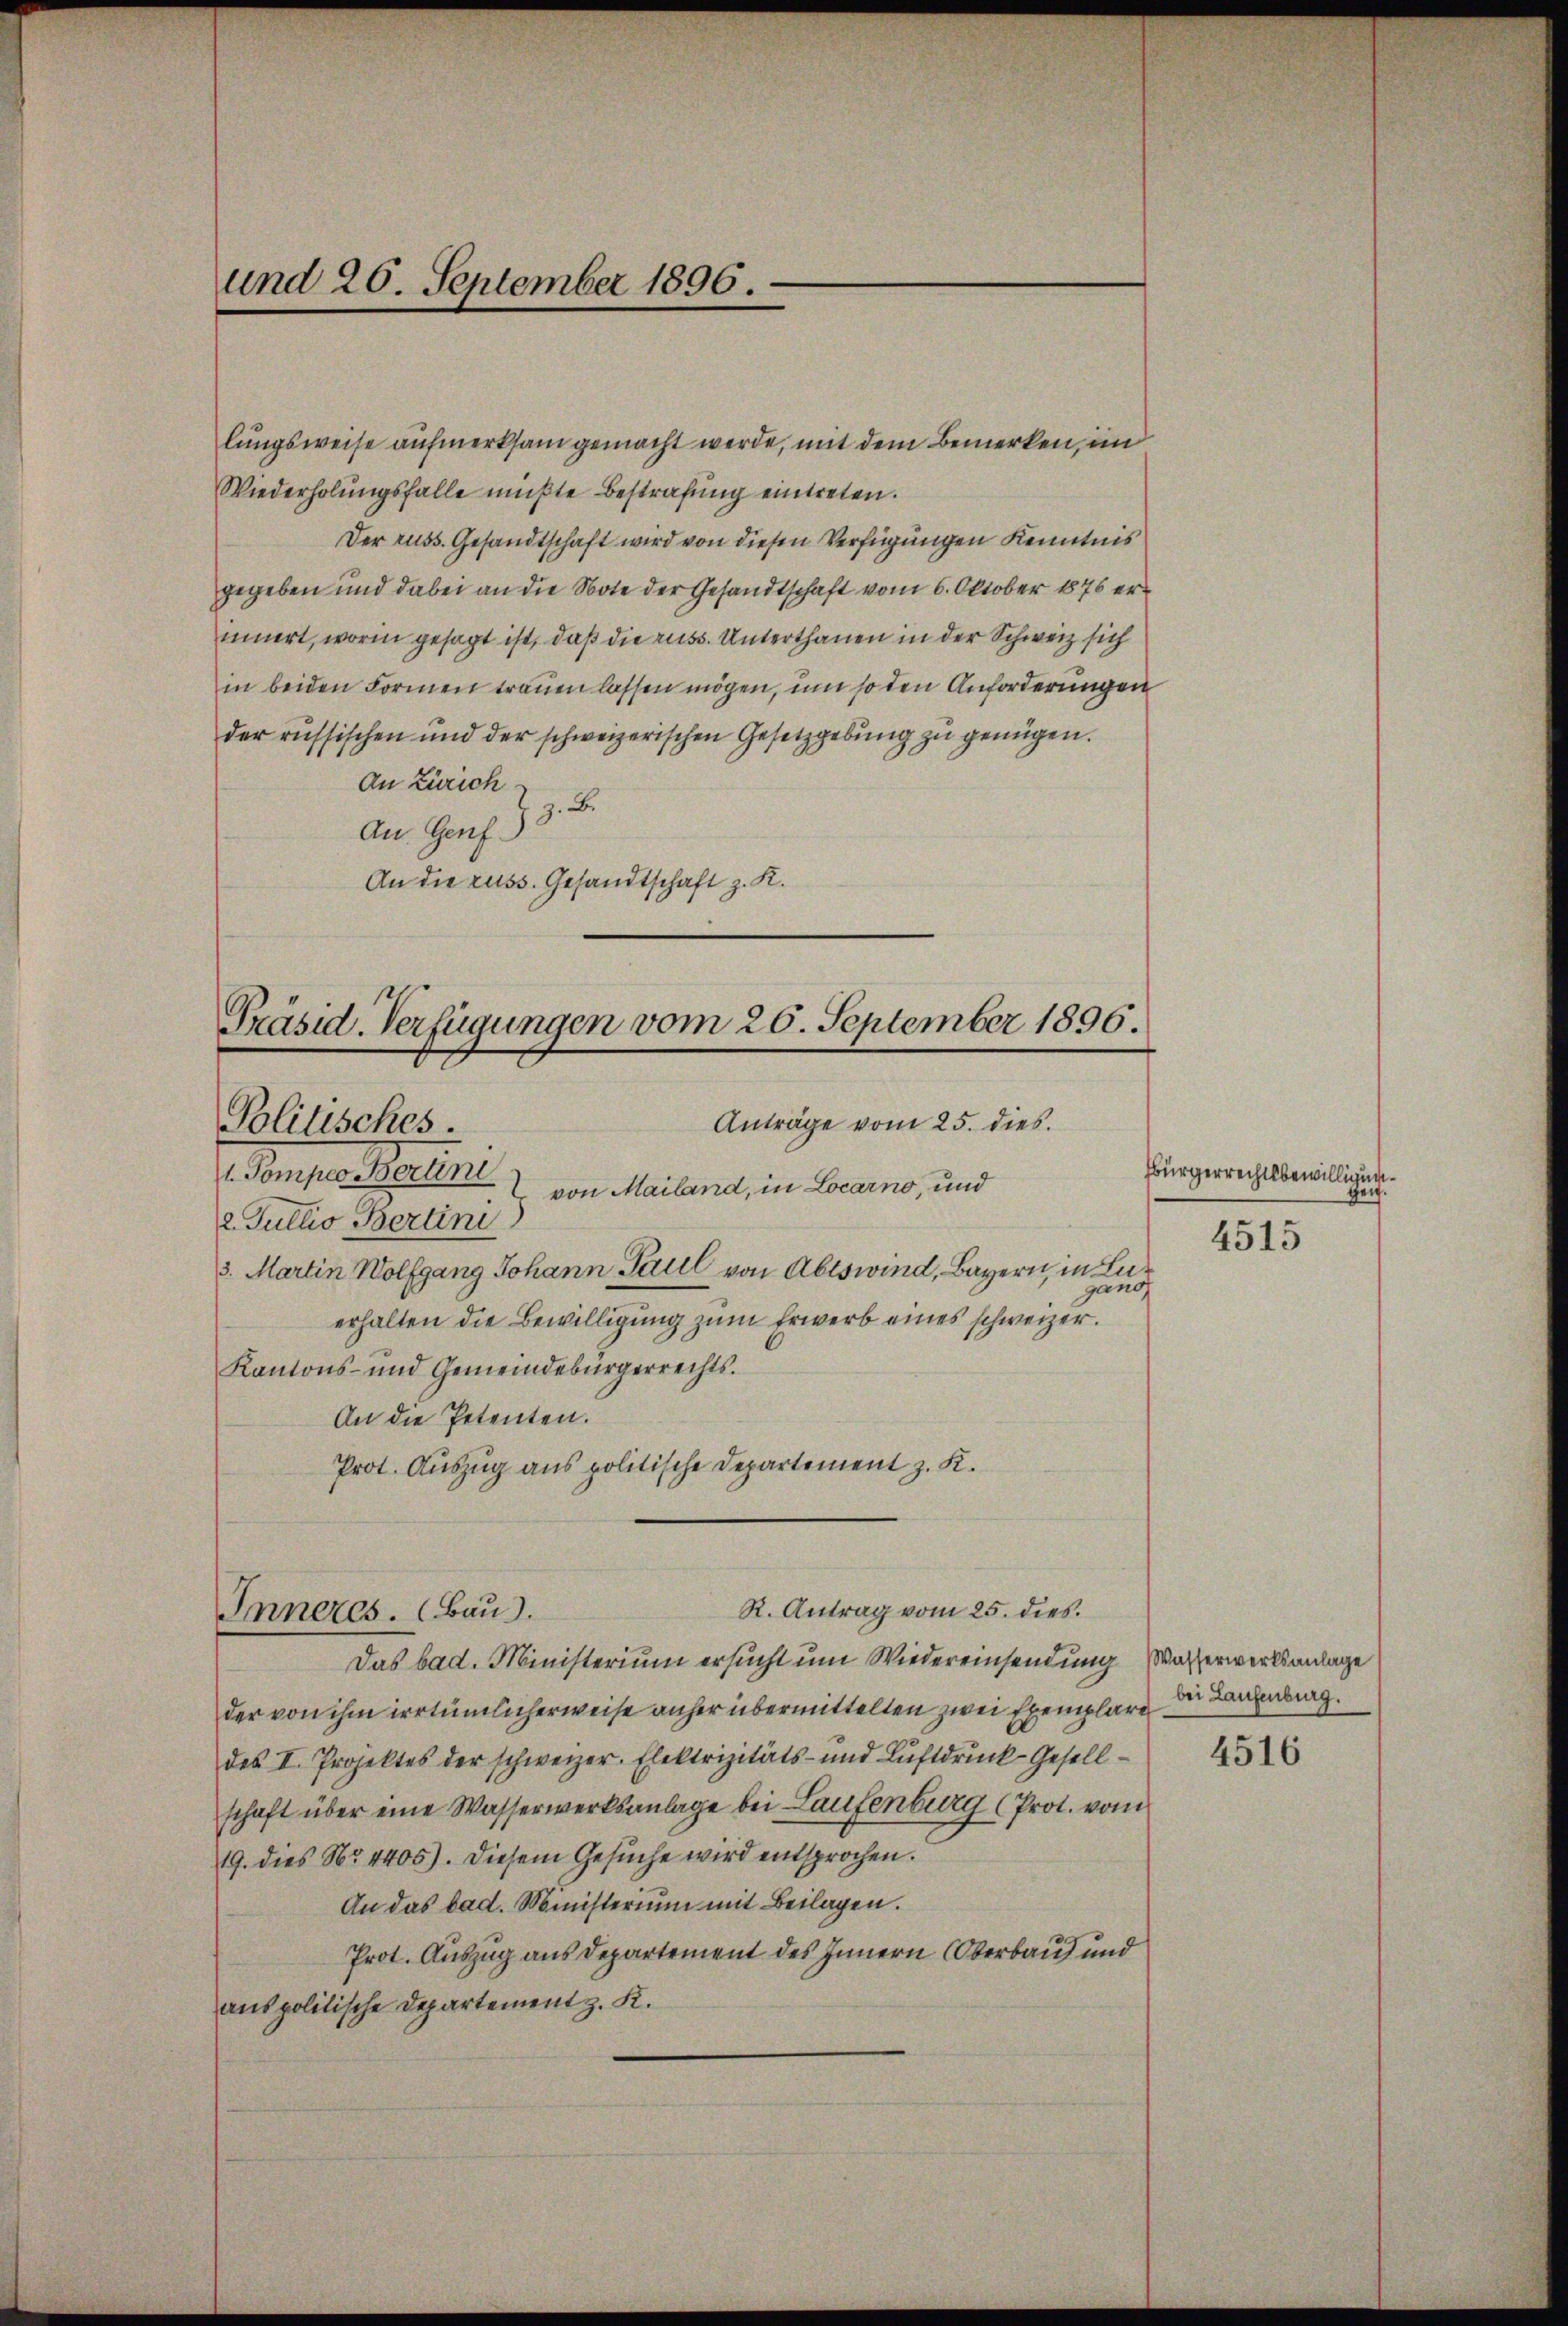
und 20. September 1896.

lungsweise aufmerksam gemacht werde, mit dem Bemerken, un
Wiederholŭngsfalle müßte Bestrafung eintreten.
Der russ. Gesandtschaft wird von diesen Verfügungen Kenntnis
gegeben und dabei an die Note der Gesandtschaft vom 6. Oktober 1876 erinnert, worin gesagt ist, daß die russ. Unterthanen in der Schweiz sich
in beiden Formen trauen lassen mögen, um so den Anforderungen
der russischen und der schweizerischen Gesetzgebung zu genügen.
An Zürich
z. B.
An Genf 3
An die russ. Gesandtschaft z. K.

Präsid. Verfügungen vom 26. September 1896.
Anträge vom 25. dies
Politisches.

Inneres. (Bau.

Emper stateri
von Mailand, in Locarno, und
2. Jullio Berlini
3. Martin Wolfgang Johann Paul von Abtswind, Bayern, in Lu
gang
erhalten die Bewilligung zum Erwerb eines schweizer.
Kantons- und Gemeindebürgerrechts.
An die Petenten.
Prot. Auszug aus politische Departement z. K.
Das bad. Ministerium ersucht um Wiedereinsendung Wasserwerksanlage
der von ihm irrtümlicherweise anher übermittelten zwei Exemplare
des II. Projektes der schweizer. Elektrizitäts- und Luftdruck-Gesellschaft über eine Wasserwerksanlage bei Laufenburg (Prot. vom
19. dies No 4405). Diesem Gesuche wird entsprochen.
An das bad. Ministerium mit Beilagen.
Prot. Auszug aus Departement des Innern Oberbau und
anspolitische Departement z. K.

R. Antrag vom 25. dies.

Bürgerrechtsbewilligungen.
4515

bei Laufenburg.
4516